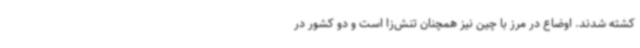
کشته شدند. اوضاع در مرز با چین نیز همچنان تنش‌زا است و دو کشور در